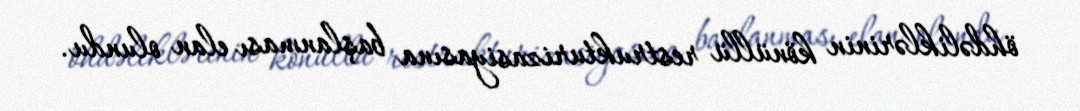
öhdəliklərinin könüllü restrukturizasiyasına başlanması elan olundu.